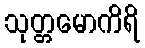
သုတ္တမောကိရိ